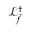
\mathcal { L } _ { \hat { f } } ^ { \dagger }